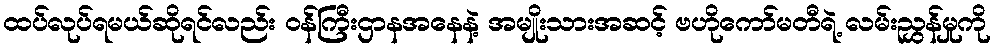
ထပ်လုပ်ရမယ်ဆိုရင်လည်း ဝန်ကြီးဌာနအနေနဲ့ အမျိုးသားအဆင့် ဗဟိုကော်မတီရဲ့ လမ်းညွှန်မှုကို